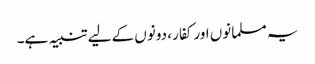
یہ مسلمانوں اور کفار ، دونوں کے لیے تنبیہ ہے۔